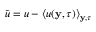
\tilde { u } = u - \left\langle u ( \mathbf { y } , \tau ) \right\rangle _ { \mathbf { y } , \tau }